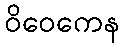
ဝိဝေကေန